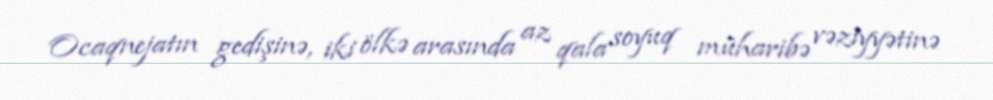
Ocaqnejatın gedişinə, iki ölkə arasında az qala soyuq müharibə vəziyyətinə